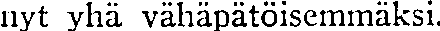
nyt yhä vähäpätöisemmäksi.